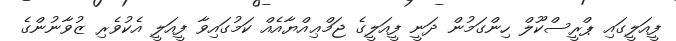
ފީއަލީގައި ޕްރީސްކޫލް ހިންގަމުން ދަނީ ފީއަލީގެ ޖަމްޢިއްޔާއެއް ކަމުގައިވާ ފީއަލީ އެކުވެރި ޒުވާނުންގެ